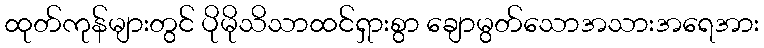
ထုတ်ကုန်များတွင် ပိုမိုသိသာထင်ရှားစွာ ချောမွတ်သောအသားအရေအား